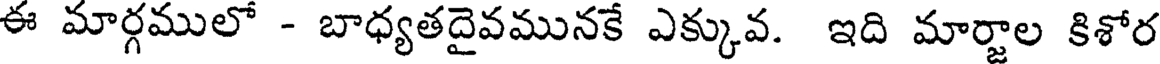
ఈ మార్గములో - బాధ్యతదైవమునకే ఎక్కువ. ఇది మార్జాల కిశోర